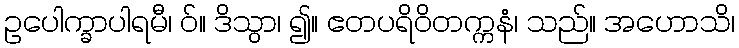
ဥပေါက္ခာပါရမီ၊ ဝ်။ ဒိသွာ၊ ၍။ ဧတပရိဝိတက္ကနံ၊ သည်။ အဟောသိ၊